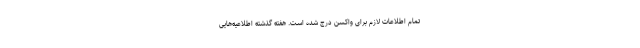
تمام اطلاعات لازم برای واکسن درج شده است. هفته گذشته اطلاعیه‌هایی